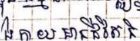
កាយមានជីវិត